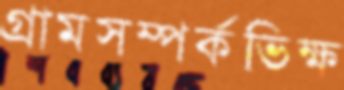
গ্রামসম্পর্কভিক্ষ